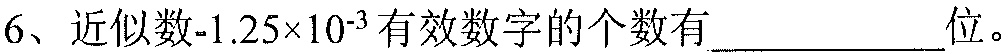
6、近似数-$1.25\times10^{-3}$有效数字的个数有__________位。